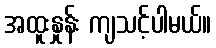
အထူးနှုန်း ကျသင့်ပါမယ်။